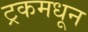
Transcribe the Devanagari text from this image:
ट्रकमधून